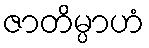
ဇာတိမ္ပာဟံ